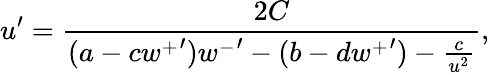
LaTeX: u^{\prime}=\frac{2C}{(a-c{w^{+}}^{\prime}){w^{-}}^{\prime}-(b-d{w^{+}}^{\prime})-\frac{c}{u^{2}}},